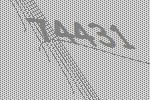
74431